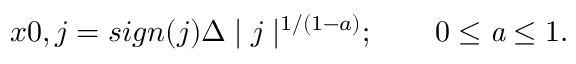
x 0 , j = s i g n ( j ) \Delta \mid j \mid ^ { 1 / ( 1 - a ) } ; \qquad 0 \leq { \mathit { a } } \leq 1 .